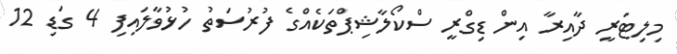
މިލިޓަރީ ދާއިރާ އިން ޑިގްރީ ސްކޯލާޝިޕްތަކެއްގެ ފުރުސަތު ހުޅުވާލައިފި 4 ގަޑި 12